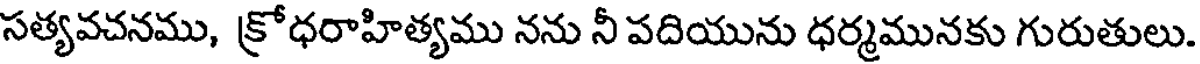
సత్యవచనము, క్రోధరాహిత్యము నను నీ పదియును ధర్మమునకు గురుతులు.